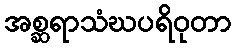
အစ္ဆရာသံဃပရိဝုတာ